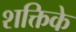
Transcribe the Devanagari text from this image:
शक्तिके